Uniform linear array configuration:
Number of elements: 16
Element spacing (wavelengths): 0.5
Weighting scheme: blackman
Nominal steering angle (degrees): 60
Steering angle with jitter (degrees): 58.886
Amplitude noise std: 0.05
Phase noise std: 0.05

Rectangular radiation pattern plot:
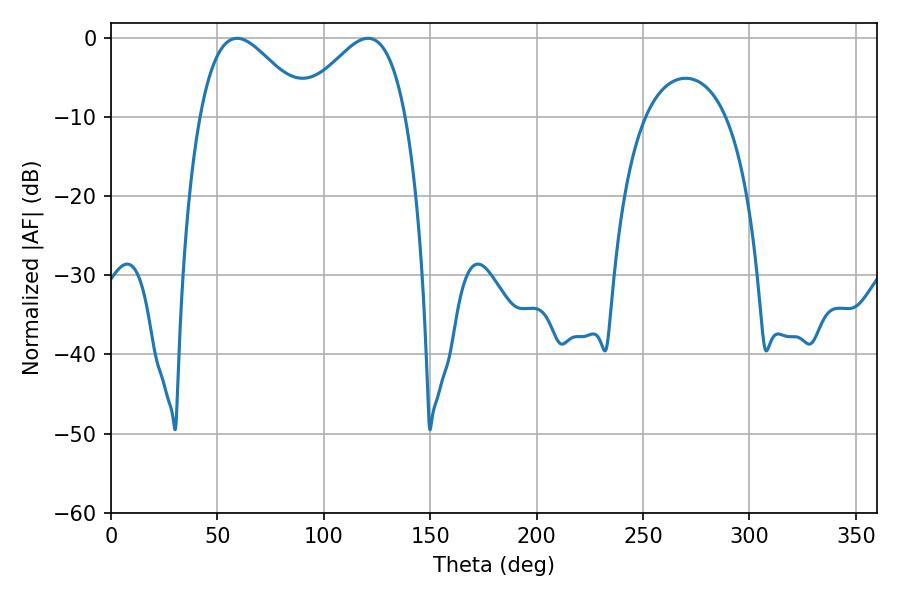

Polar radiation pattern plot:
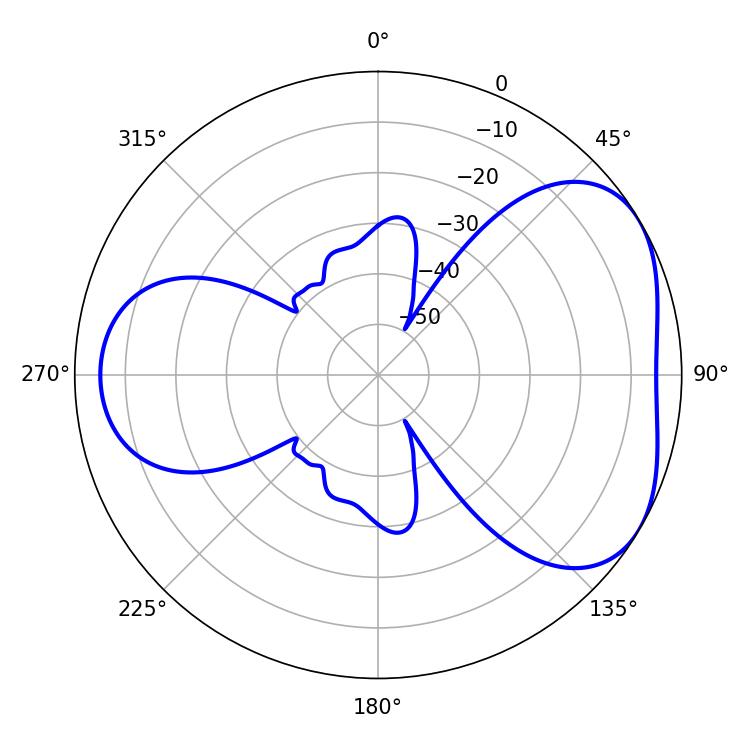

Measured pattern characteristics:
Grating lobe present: FALSE
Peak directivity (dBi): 4.394
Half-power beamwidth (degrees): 26.82
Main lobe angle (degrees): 120.78